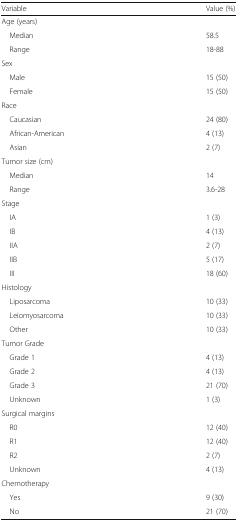
| Variable | Value (%) |
 | --- | --- |
 | <COLSPAN=2> Age (years) |
 | Median | 58.5 |
 | Range | 18-88 |
 | <COLSPAN=2> Sex |
 | Male | 15 (50) |
 | Female | 15 (50) |
 | <COLSPAN=2> Race |
 | Caucasian | 24 (80) |
 | African-American | 4 (13) |
 | Asian | 2 (7) |
 | <COLSPAN=2> Tumor size (cm) |
 | Median | 14 |
 | Range | 3.6-28 |
 | <COLSPAN=2> Stage |
 | IA | 1 (3) |
 | IB | 4 (13) |
 | IIA | 2 (7) |
 | IIB | 5 (17) |
 | III | 18 (60) |
 | <COLSPAN=2> Histology |
 | Liposarcoma | 10 (33) |
 | Leiomyosarcoma | 10 (33) |
 | Other | 10 (33) |
 | <COLSPAN=2> Tumor Grade |
 | Grade 1 | 4 (13) |
 | Grade 2 | 4 (13) |
 | Grade 3 | 21 (70) |
 | Unknown | 1 (3) |
 | <COLSPAN=2> Surgical margins |
 | R0 | 12 (40) |
 | R1 | 12 (40) |
 | R2 | 2 (7) |
 | Unknown | 4 (13) |
 | <COLSPAN=2> Chemotherapy |
 | Yes | 9 (30) |
 | No | 21 (70) |